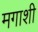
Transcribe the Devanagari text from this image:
मगाशी